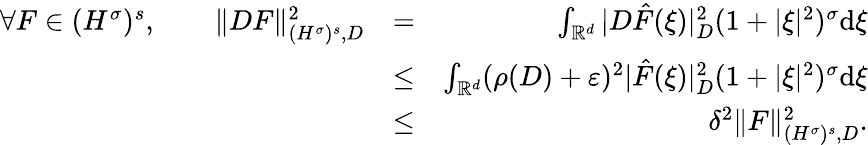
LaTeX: \begin{array}{rlr}{\forall F\in{(H^{\sigma})^{s}},\qquad\| DF\| _{{(H^{\sigma})^{s}},D}^{2}}&{=}&{\int_{{\mathbb R}^{d}}|D\hat{F}(\xi)|_{D}^{2}(1+|\xi|^{2})^{\sigma}\mathrm{d}\xi}\\ &{\leq}&{\int_{{\mathbb R}^{d}}(\rho(D)+\varepsilon)^{2}|\hat{F}(\xi)|_{D}^{2}(1+|\xi|^{2})^{\sigma}\mathrm{d}\xi}\\ &{\leq}&{\delta^{2}\| F\| _{{(H^{\sigma})^{s}},D}^{2}.}\end{array}